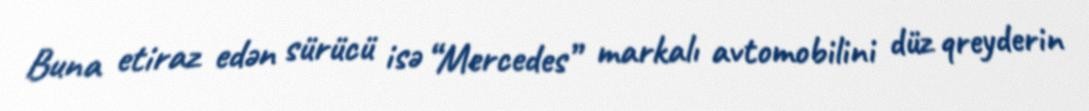
Buna etiraz edən sürücü isə “Mercedes” markalı avtomobilini düz qreyderin